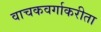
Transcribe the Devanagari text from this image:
वाचकवर्गाकरीता